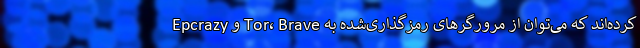
کرده‌اند که می‌توان از مرورگر‌های رمزگذاری‌شده به Tor، Brave و Epcrazy